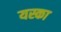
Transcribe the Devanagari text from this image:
यस्का